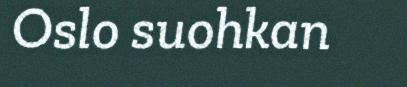
Oslo suohkan